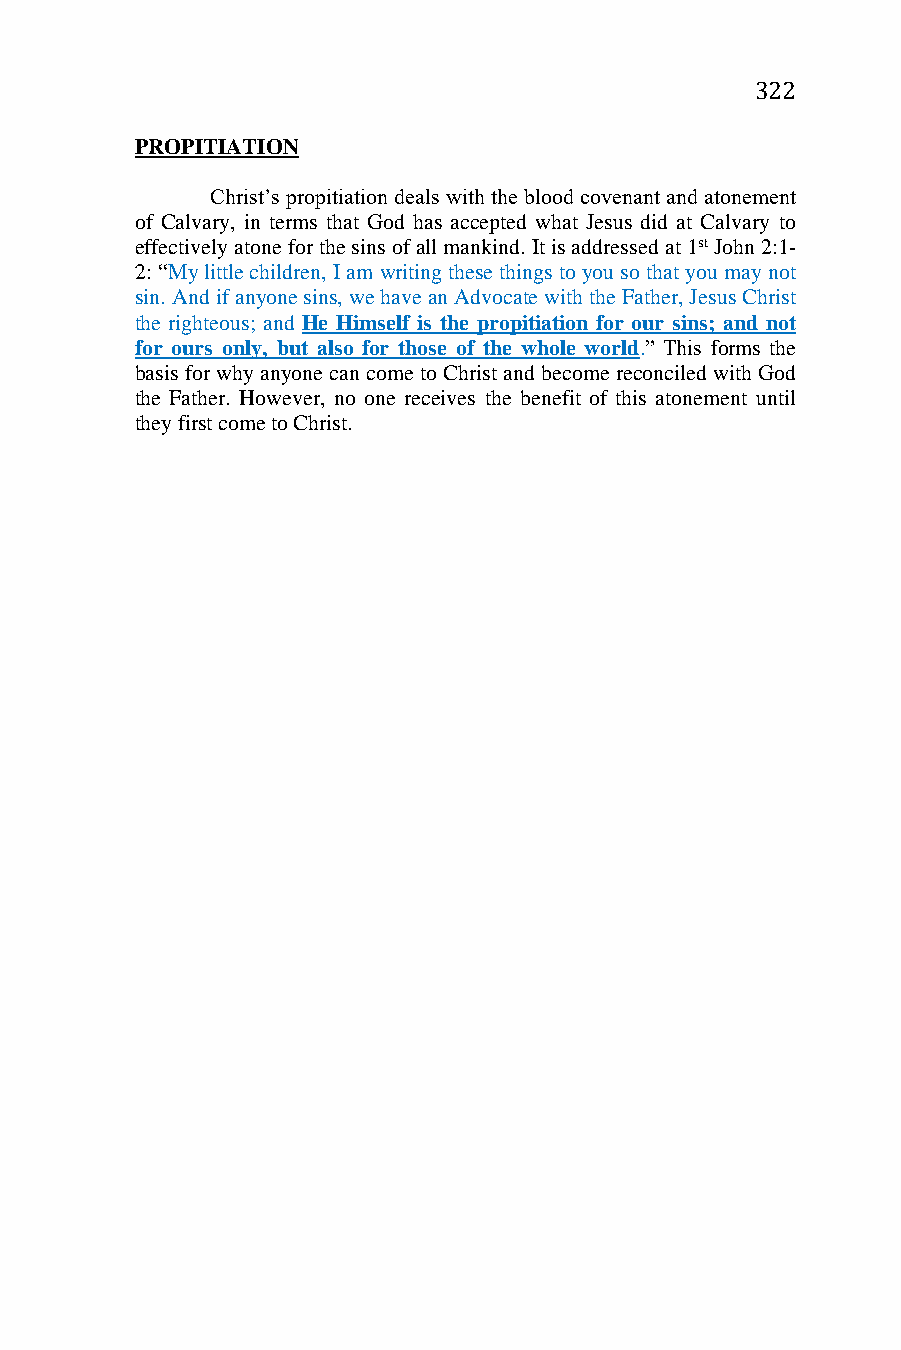
322
 PROPITIATION
 Christ’s propitiation deals with the blood covenant and atonement
 of Calvary, in terms that God has accepted what Jesus did at Calvary to
 effectively atone for the sins of all mankind. It is addressed at 1st John 2:1-
 2: “My little children, I am writing these things to you so that you may not
 sin. And if anyone sins, we have an Advocate with the Father, Jesus Christ
 the righteous; and He Himself is the propitiation for our sins; and not
 for ours only, but also for those of the whole world.” This forms the
 basis for why anyone can come to Christ and become reconciled with God
 the Father. However, no one receives the benefit of this atonement until
 they first come to Christ.